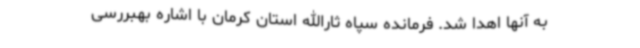
به آنها اهدا شد. فرمانده سپاه ثارالله استان کرمان با اشاره بهبررسی